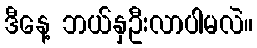
ဒီနေ့ ဘယ်နှဦးလာပါမလဲ။